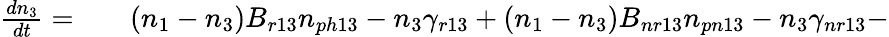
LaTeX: \begin{array}{rlr}{\frac{dn_{3}}{dt}=}&{{}}&{(n_{1}-n_{3})B_{r13}n_{ph13}-n_{3}\gamma_{r13}+(n_{1}-n_{3})B_{nr13}n_{pn13}-n_{3}\gamma_{nr13}-}\end{array}